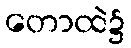
တောထဲ၌